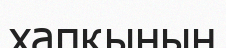
хапқының